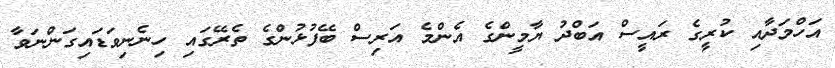
އަހްމަދާއި ކުރީގެ ރައީސް އަބްދު ޔާމީންގެ އެންމެ އަރިސް ބޭފުޅުންގެ ތެރޭގައި ހިނެނިވަޑައިގަންނަވާ